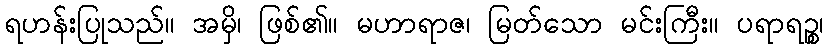
ရဟန်းပြုသည်။ အမှိ၊ ဖြစ်၏။ မဟာရာဇ၊ မြတ်သော မင်းကြီး။ ပရာရဉ္စ၊